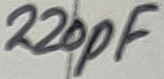
Text: 220pF